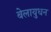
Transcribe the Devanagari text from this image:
बेलायुधन